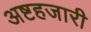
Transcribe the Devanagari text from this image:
अष्टहजारी